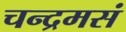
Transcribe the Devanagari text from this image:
चन्द्रमसं